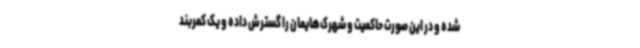
شده و در این صورت حاکمیت و شهرک‌هایمان را گسترش داده و یک کمربند